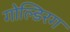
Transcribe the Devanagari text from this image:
गोल्डिरग